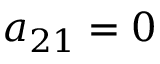
a _ { 2 1 } = 0